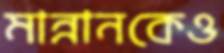
মান্নানকেও